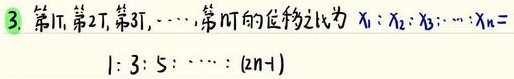
3. 第1T,第2T,第3T, \(\cdots\),第nT的位移之比为 \(x_1:x_2:x_3:\cdots:x_n =\)
\(1:3:5:\cdots:(2n - 1)\)